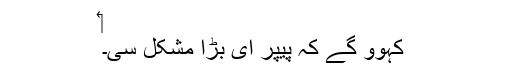
‏
کہوو گے کہ پیپر ای بڑا مشکل سی۔